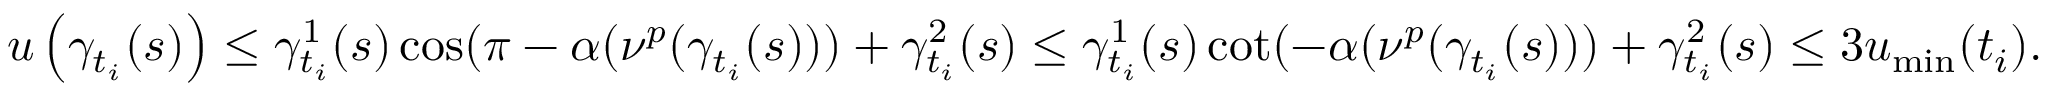
\begin{array} { r } { u \left( \gamma _ { t _ { i } } ( s ) \right) \leq \gamma _ { t _ { i } } ^ { 1 } ( s ) \cos ( \pi - \alpha ( \nu ^ { p } ( \gamma _ { t _ { i } } ( s ) ) ) + \gamma _ { t _ { i } } ^ { 2 } ( s ) \leq \gamma _ { t _ { i } } ^ { 1 } ( s ) \cot ( - \alpha ( \nu ^ { p } ( \gamma _ { t _ { i } } ( s ) ) ) + \gamma _ { t _ { i } } ^ { 2 } ( s ) \leq 3 u _ { \operatorname* { m i n } } ( t _ { i } ) . } \end{array}